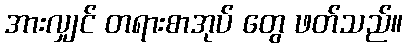
အားလျှင် တရားစာအုပ် တွေ ဖတ်သည်။